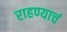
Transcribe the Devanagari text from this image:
राहण्याचं